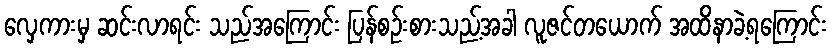
လှေကားမှ ဆင်းလာရင်း သည်အကြောင်း ပြန်စဉ်းစားသည့်အခါ လူဇင်တယောက် အထိနာခဲ့ရကြောင်း